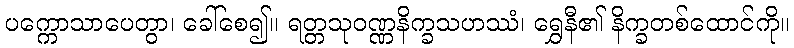
ပက္ကောသာပေတွာ၊ ခေါ်စေ၍။ ရတ္တသုဝဏ္ဏနိက္ခသဟဿံ၊ ရွှေနီ၏ နိက္ခတစ်ထောင်ကို။